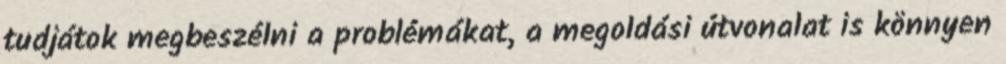
tudjátok megbeszélni a problémákat, a megoldási útvonalat is könnyen